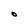
Character: O